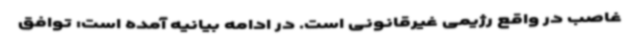
غاصب در واقع رژیمی غیرقانونی است. در ادامه بیانیه آمده است: توافق